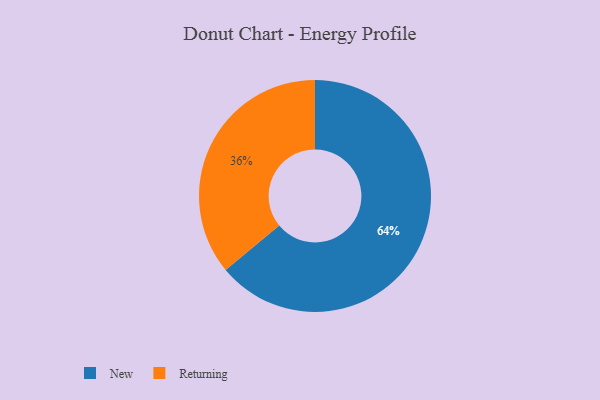
{"axis": {"x": "Category", "y": "Percentage"}, "legend": ["New", "Returning"], "data": [{"x": "New", "y": 64, "type": "New"}, {"x": "Returning", "y": 36, "type": "Returning"}]}